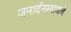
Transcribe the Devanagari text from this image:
जनार्दनस्वामींचे